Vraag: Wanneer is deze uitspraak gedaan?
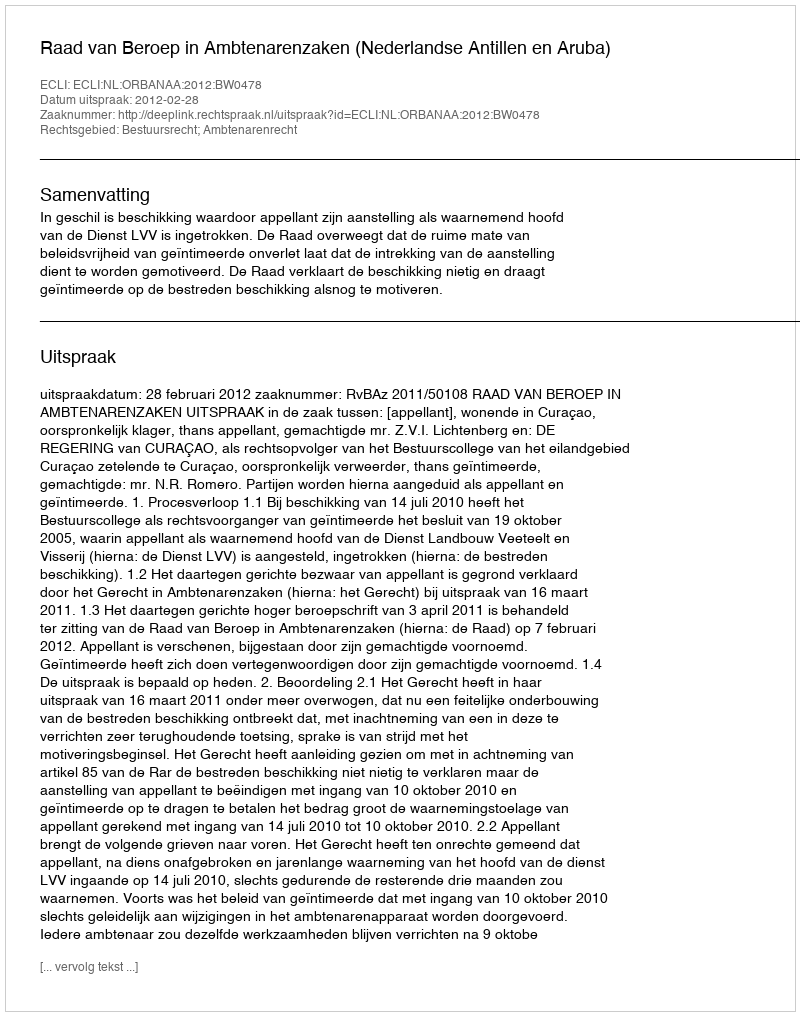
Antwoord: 2012-02-28